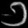
Digit: ၁